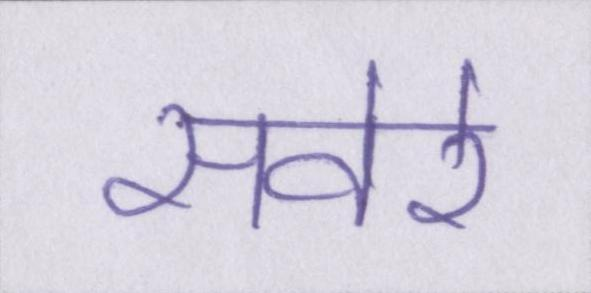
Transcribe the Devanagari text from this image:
सवेरे